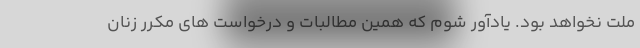
ملت نخواهد بود. یادآور شوم که همین مطالبات و درخواست های مکرر زنان